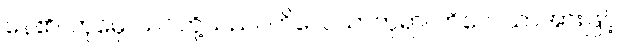
နေ၏။ တုမှေ၊ သင်တို့သည်။ ကိလေသာတုရာ၊ ကိလေသာအားဖြင့်